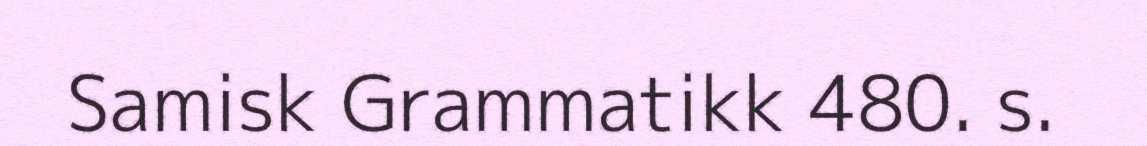
Samisk Grammatikk 480. s.